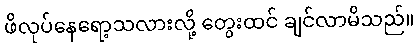
ဖိလုပ်နေရော့သလားလို့ တွေးထင် ချင်လာမိသည်။